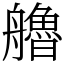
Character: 艪